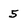
Character: 5